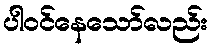
ပါဝင်နေသော်လည်း